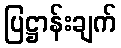
ပြဋ္ဌာန်းချက်